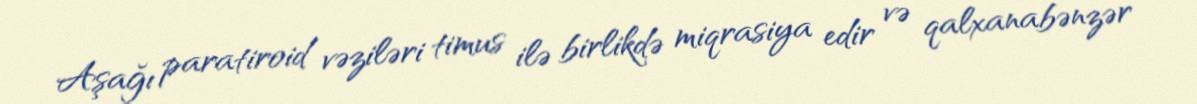
Aşağı paratiroid vəziləri timus ilə birlikdə miqrasiya edir və qalxanabənzər